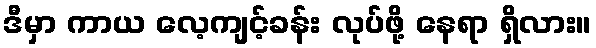
ဒီမှာ ကာယ လေ့ကျင့်ခန်း လုပ်ဖို့ နေရာ ရှိလား။